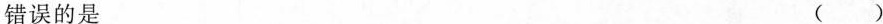
错误的是 ( )